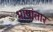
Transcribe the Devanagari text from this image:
भाषांतार